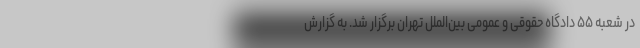
در شعبه ۵۵ دادگاه حقوقی و عمومی بین‌الملل تهران برگزار شد. به گزارش